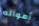
أمواله